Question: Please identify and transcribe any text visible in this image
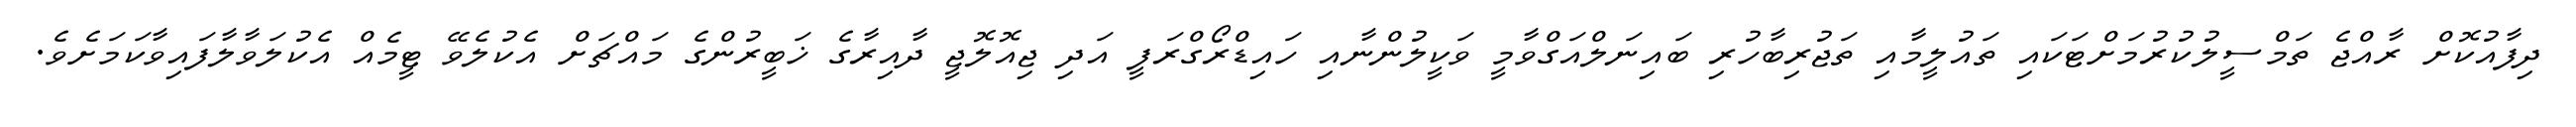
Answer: ދިފާއުކޮށް ރާއްޖެ ތަމްސީލުކުރުމަށްޓަކައި ތައުލީމާއި ތަޖުރިބާހުރި ބައިނަލްއަގްވާމީ ވަކީލުންނާއި ހައިޑްރޯގްރަފީ އަދި ޖިއޮލޮޖީ ދާއިރާގެ ޚަބީރުންގެ މައްޗަށް އެކުލެވޭ ޓީމެއް އެކުލަވާލާފައިވާކަމަށެވެ.